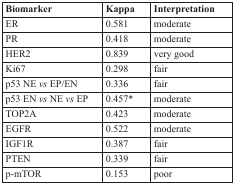
| Biomarker | Kappa | Interpretation |
 | --- | --- | --- |
 | ER | 0.581 | moderate |
 | PR | 0.418 | moderate |
 | HER2 | 0.839 | very good |
 | Ki67 | 0.298 | fair |
 | p53 NE vs EP/EN | 0.336 | fair |
 | p53 EN vs NE vs EP | 0.457* | moderate |
 | TOP2A | 0.423 | moderate |
 | EGFR | 0.522 | moderate |
 | IGF1R | 0.387 | fair |
 | PTEN | 0.339 | fair |
 | p-mTOR | 0.153 | poor |